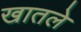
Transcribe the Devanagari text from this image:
खातले